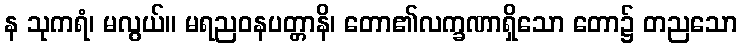
န သုကရံ၊ မလွယ်။ မရညဝနပတ္တာနိ၊ တော၏လက္ခဏာရှိသော တော၌ တညသော